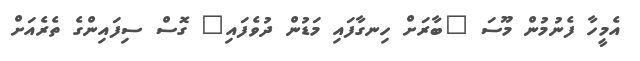
އެމީހާ ފެނުމުން މޫސަ "ބާރަށް ހިނގާފައި މަޑުން ދުވެފައި" ގޮސް ސިފައިންގެ ތެރެއަށް